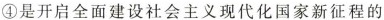
④是开启全面建设社会主义现代化国家新征程的